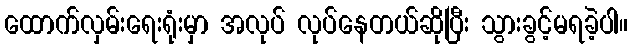
ထောက်လှမ်းရေးရုံးမှာ အလုပ် လုပ်နေတယ်ဆိုပြီး သွားခွင့်မရခဲ့ပါ။